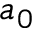
a _ { 0 }